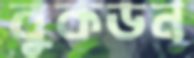
বুকডন